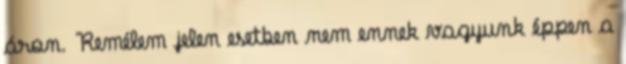
áron. Remélem jelen esetben nem ennek vagyunk éppen a